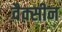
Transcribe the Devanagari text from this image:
वैक्‍सीन